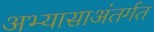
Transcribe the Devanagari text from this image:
अभ्यासाअंतर्गत